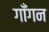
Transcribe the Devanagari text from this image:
गाँगन